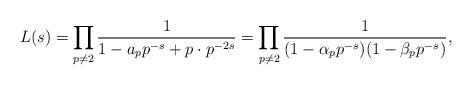
LaTeX: \begin{align*}L(s) = \prod_{p \not= 2} \frac{1}{1 - a_p p^{-s} + p \cdot p^{-2s}} =\prod_{p \not= 2} \frac{1}{(1 - \alpha_{p}p^{-s})(1 - \beta_{p}p^{-s})},\end{align*}